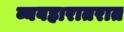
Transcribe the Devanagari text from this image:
व्यवहारातरात